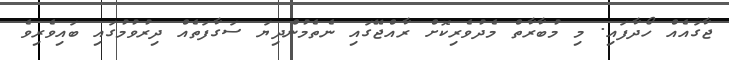
ޖާގައެއް ހޯދާފައި. މި މުބާރާތް މެދުވެރިކޮށް ރާއްޖޭގައި ނެތެމުންދިޔަ ސަގާފަތެއް ދިރުވުމުގައި ބައިވެރިވެ